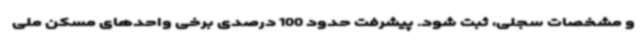
و مشخصات سجلی، ثبت شود. پیشرفت حدود 100 درصدی برخی واحدهای مسکن ملی